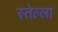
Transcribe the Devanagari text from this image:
स्तेल्ला